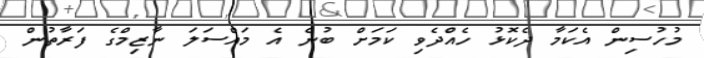
މުހުސިން އެކަމާ ދެކޮޅު ހެއްދެވި ކަމަށް ބުނެ އެ މައްސަލަ ނާޒިމްގެ ފަރާތުން